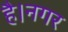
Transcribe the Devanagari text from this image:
है।नगर